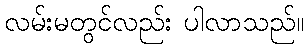
လမ်းမတွင်လည်း ပါလာသည်။